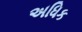
અધિક